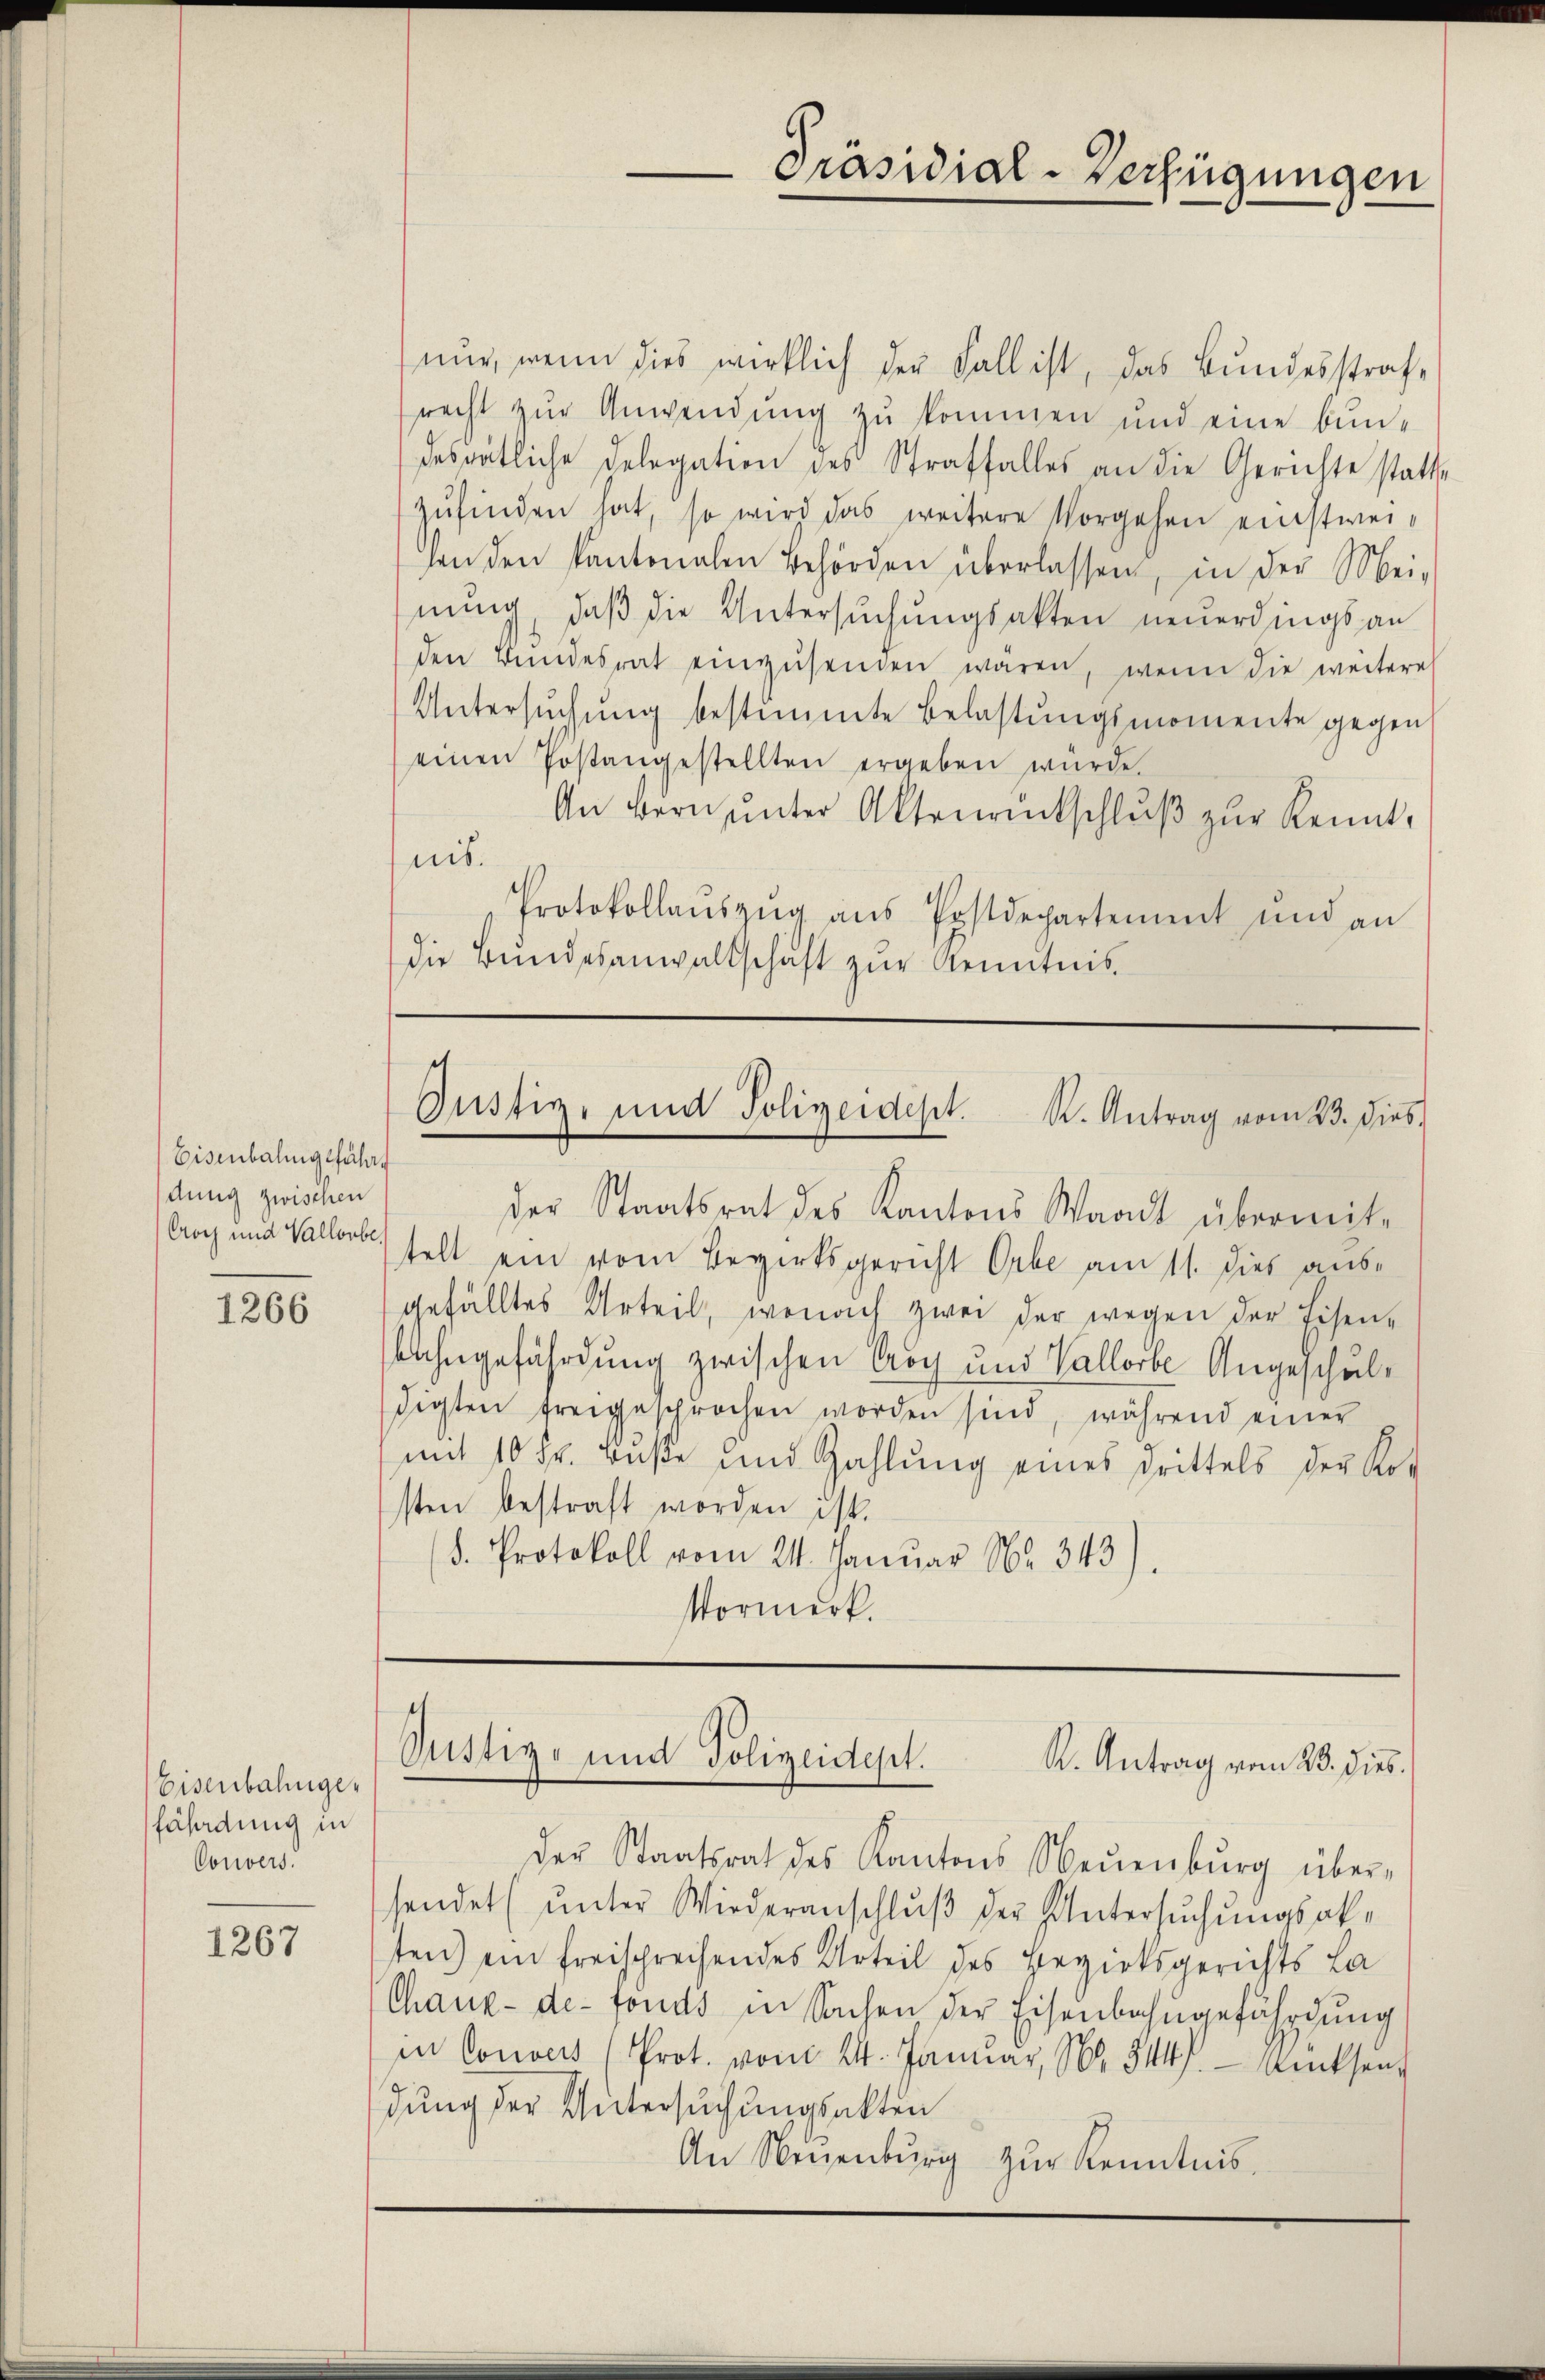
Eisenbahngefähr
dung zwischen
Coch und Vallorbe

1266

Eisenbahngefährdung in
Couvers.

1267

Präsidial-Verfügungen

nur, wenn dies wirklich der Fall ist, das Bundesstrafrecht zur Anwendung zu kommen und eine bun-
desrätliche Delegation des Straffalles an die Gerichte statte
zŭfinden hat, so wird das weitere Vorgehen einstweihon den Kantonalen Behörden überlassen, in der Mei-
nung, daβ die Untersuchungsakten neuerdings an
den Bŭndesrat einzŭsenden waren, wenn die weitere
Untersŭchŭng bestimmte Belastŭngsmomente gegen
einen Postangestellten ergeben wurde.
An Bern ŭnter Aktenrückschlŭβ zŭr Kennt,
nis.
Protokollaŭszŭg aŭs Postdepartement und an
die Bŭndesanwaltschaft zŭr Kenntnis

s
Justiz- und Polizeidest. K. Antrag vom 23. dies

der Staatsrat des Kantons Waadt übermit-
telt ein vom Bezirksgericht Orbe am 11. dies ausgefälltes Urteil, wonach zwei der wegen der Eisen-
bahngefährdung zwischen Trog und Vallorbe Angeschuldigten freigesprochen worden sind, während einer
mit 10 Fr. Buße und Zahlung eines Drittels der Kosten bestraft worden ist.
(d. Protokoll vom 24. Januar No. 343)
Vormerk.

Justiz- und Polizeidept.
K. Antrag vom 28. dies

Der Staatsrat des Kantons Neŭenbŭrg über-
sendet (unter Wiederanschluß der Untersuchungsakten) ein freischrechendes Urteil des Bezirksgerichts La
Chaux-de-Fonds in Sachen der Eisenbahngefährdung
in Convers (Prot. vom 24. Januar, No. 314. Wiesen,
dung der Untersuchungsakten
An Neuenburg zŭr Kenntnis.